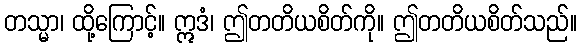
တသ္မာ၊ ထို့ကြောင့်။ ဣဒံ၊ ဤတတိယစိတ်ကို။ ဤတတိယစိတ်သည်။